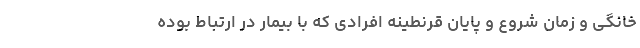
خانگی و زمان شروع و پایان قرنطینه افرادی که با بیمار در ارتباط بوده